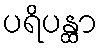
ပရိပန္ထာ